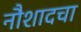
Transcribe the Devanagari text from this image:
नौशादचा